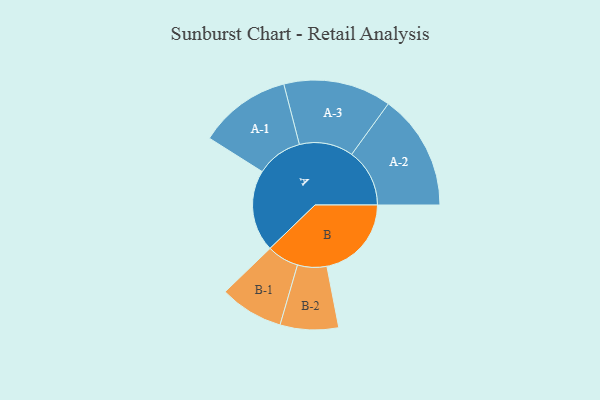
{"axis": {"x": "Segment", "y": "Value"}, "legend": ["", "A", "B"], "data": [{"x": "A", "y": 392, "type": ""}, {"x": "B", "y": 406, "type": ""}, {"x": "A-1", "y": 222, "type": "A"}, {"x": "A-2", "y": 278, "type": "A"}, {"x": "A-3", "y": 259, "type": "A"}, {"x": "B-1", "y": 153, "type": "B"}, {"x": "B-2", "y": 140, "type": "B"}]}